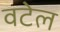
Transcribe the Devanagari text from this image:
वटेल